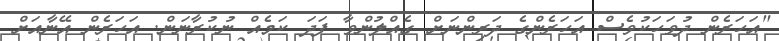
"އަހަރެން ދުވަހަކުވެސް އަހަރެންގެ ދަރިންނަށް ގެއްލުންވާ ފަދަ ކަމެއް ނުކުރާނަން. އަހަރެން އޭނާއަށް